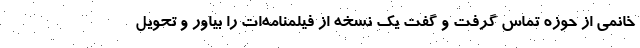
خانمی از حوزه تماس گرفت و گفت یک نسخه از فیلمنامه‌ات را بیاور و تحویل